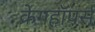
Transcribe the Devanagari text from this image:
क्रेगहॉपर्स